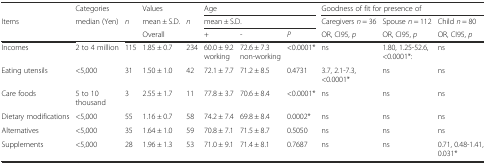
<table><thead><tr><td></td><td><b>Categories</b></td><td></td><td><b>Values</b></td><td></td><td colspan="3"><b>Age</b></td><td colspan="3"><b>Goodness of fit for presence of</b></td></tr><tr><td><b>Items</b></td><td><b>median (Yen)</b></td><td><b><i>n</i></b></td><td><b>mean ± S.D.</b></td><td><b><i>n</i></b></td><td colspan="3"><b>mean ± S.D.</b></td><td><b>Caregivers <i>n</i> = 36</b></td><td><b>Spouse <i>n</i> = 112</b></td><td><b>Child <i>n</i> = 80</b></td></tr><tr><td></td><td></td><td></td><td><b>Overall</b></td><td></td><td><b>+</b></td><td><b>-</b></td><td><b><i>P</i></b></td><td><b>OR, CI95, <i>p</i></b></td><td><b>OR, CI95, <i>p</i></b></td><td><b>OR, CI95, <i>p</i></b></td></tr></thead><tbody><tr><td>Incomes</td><td>2 to 4 million</td><td>115</td><td>1.85 ± 0.7</td><td>234</td><td>60.0 ± 9.2 working</td><td>72.6 ± 7.3 non-working</td><td>&lt;0.0001*</td><td>ns</td><td>1.80, 1.25-52.6, &lt;0.0001*:</td><td>ns</td></tr><tr><td>Eating utensils</td><td>&lt;5,000</td><td>31</td><td>1.50 ± 1.0</td><td>42</td><td>72.1 ± 7.7</td><td>71.2 ± 8.5</td><td>0.4731</td><td>3.7, 2.1-7.3, &lt;0.0001*</td><td>ns</td><td>ns</td></tr><tr><td>Care foods</td><td>5 to 10 thousand</td><td>3</td><td>2.55 ± 1.7</td><td>11</td><td>77.8 ± 3.7</td><td>70.6 ± 8.4</td><td>&lt;0.0001*</td><td>ns</td><td>ns</td><td>ns</td></tr><tr><td>Dietary modifications</td><td>&lt;5,000</td><td>55</td><td>1.16 ± 0.7</td><td>58</td><td>74.2 ± 7.4</td><td>69.8 ± 8.4</td><td>0.0002*</td><td>ns</td><td>ns</td><td>ns</td></tr><tr><td>Alternatives</td><td>&lt;5,000</td><td>35</td><td>1.64 ± 1.0</td><td>59</td><td>70.8 ± 7.1</td><td>71.5 ± 8.7</td><td>0.5050</td><td>ns</td><td>ns</td><td>ns</td></tr><tr><td>Supplements</td><td>&lt;5,000</td><td>28</td><td>1.96 ± 1.3</td><td>53</td><td>71.0 ± 9.1</td><td>71.4 ± 8.1</td><td>0.7687</td><td>ns</td><td>ns</td><td>0.71, 0.48-1.41, 0.031*</td></tr></tbody></table>